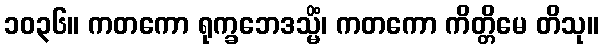
၁၀၃၆။ ကတကော ရုက္ခဘေဒသ္မိံ၊ ကတကော ကိတ္တိမေ တိသု။